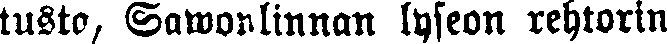
tusto, Sawonlinnan lyseon rehtorin